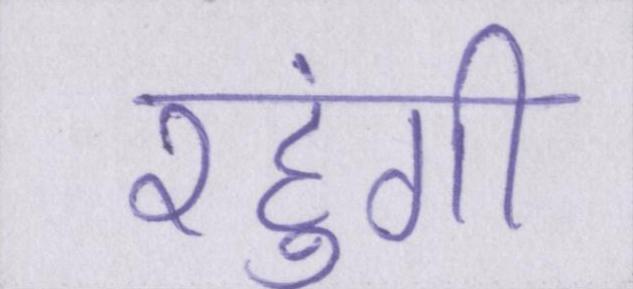
रहुंगी